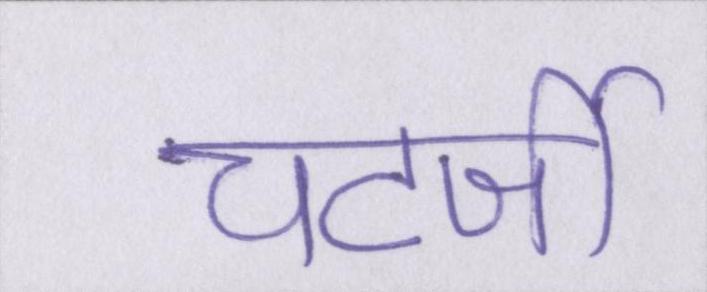
चटर्जी